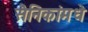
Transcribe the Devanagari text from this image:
सैनिकांमधे